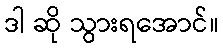
ဒါ ဆို သွားရအောင်။